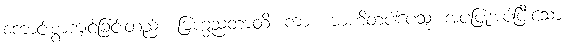
ကောင်းစွာကျင့်ခြင်းတည်း။ ဗြဟ္မညတာတိ၊ ကား။ ဗာဟိတပါပေသု၊ အပပြုအပ်ပြီးသော